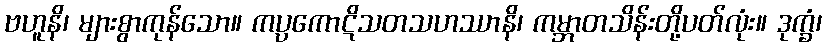
ဗဟူနိ၊ များစွာကုန်သော။ ကပ္ပကောဋိသတသဟဿာနိ၊ ကမ္ဘာတသိန်းတို့ပတ်လုံး။ ဒုက္ခံ၊